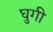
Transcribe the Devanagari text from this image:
घुगी